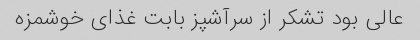
عالی بود تشکر از سرآشپز بابت غذای خوشمزه